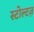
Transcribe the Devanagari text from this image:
स्टोल्टज़